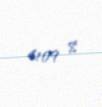
4109 $